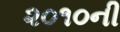
૨૦૧૦ની